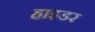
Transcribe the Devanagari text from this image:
हाइडर